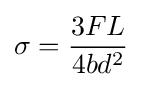
\sigma ={\frac {3FL}{4bd^{2}}}